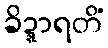
ခိဍ္ဍာရတိံ